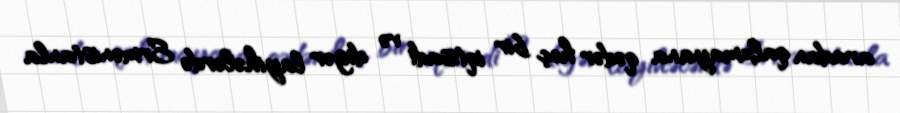
aradan qalxmayana qədər heç bir iqtisadi və digər layihələrdə Ermənistanla